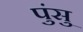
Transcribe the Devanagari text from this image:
पुंसु